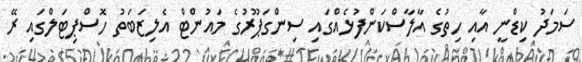
ސަމަދު ކިޑްނީ އާއި ހިތުގެ އާލާސްކަންފުޅެއްގައި ސިންގަޕޫރުގެ މައުންޓް އެލިޒަބަތު ހޮސްޕިޓަލްގައި ރޭ